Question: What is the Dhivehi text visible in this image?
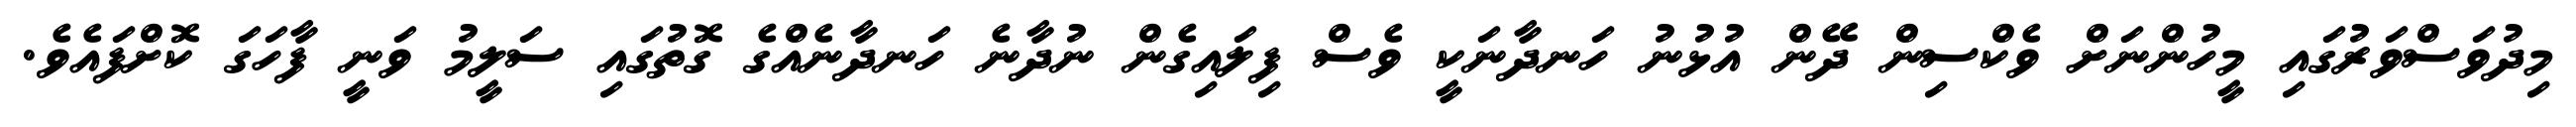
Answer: މިދުވަސްވަރުގައި މީހުންނަށް ވެކްސިން ދޭން އުޅުނު ހަނދާނަކީ ވެސް ފިލައިގެން ނުދާނެ ހަނދާނެއްގެ ގޮތުގައި ސަލީމު ވަނީ ފާހަގަ ކޮށްފައެވެ.